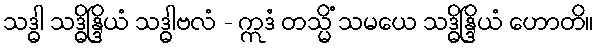
သဒ္ဓါ သဒ္ဓိန္ဒြိယံ သဒ္ဓါဗလံ - ဣဒံ တသ္မိံ သမယေ သဒ္ဓိန္ဒြိယံ ဟောတိ။